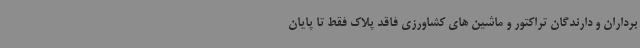
برداران و دارندگان تراکتور و ماشین های کشاورزی فاقد پلاک فقط تا پایان